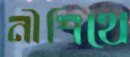
নীশিথে